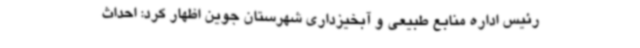
رئیس اداره منابع طبیعی و آبخیزداری شهرستان جوین اظهار کرد: احداث